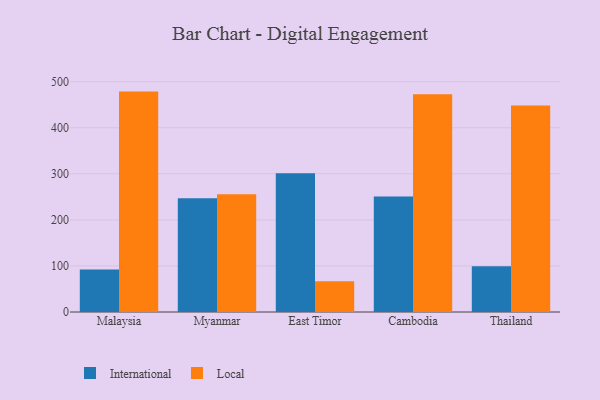
{"axis": {"x": "Country", "y": "Headcount"}, "legend": ["International", "Local"], "data": [{"x": "Malaysia", "y": 92.4, "type": "International"}, {"x": "Malaysia", "y": 478.4, "type": "Local"}, {"x": "Myanmar", "y": 246.7, "type": "International"}, {"x": "Myanmar", "y": 255.7, "type": "Local"}, {"x": "East Timor", "y": 301.1, "type": "International"}, {"x": "East Timor", "y": 67.0, "type": "Local"}, {"x": "Cambodia", "y": 250.6, "type": "International"}, {"x": "Cambodia", "y": 472.4, "type": "Local"}, {"x": "Thailand", "y": 99.3, "type": "International"}, {"x": "Thailand", "y": 448.0, "type": "Local"}]}